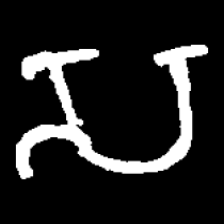
Pyu character \u2014 Myanmar letter: သ (romanized: sa)